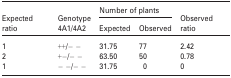
| <ROWSPAN=2> Expected ratio | Genotype | <COLSPAN=2> Number of plants | <ROWSPAN=2> Observed ratio |
 | 4A1/4A2 | Expected | Observed |
 | --- | --- | --- | --- | --- |
 | 1 | ++/− − | 31.75 | 77 | 2.42 |
 | 2 | +−/− − | 63.50 | 50 | 0.78 |
 | 1 | − −/− − | 31.75 | 0 | 0 |